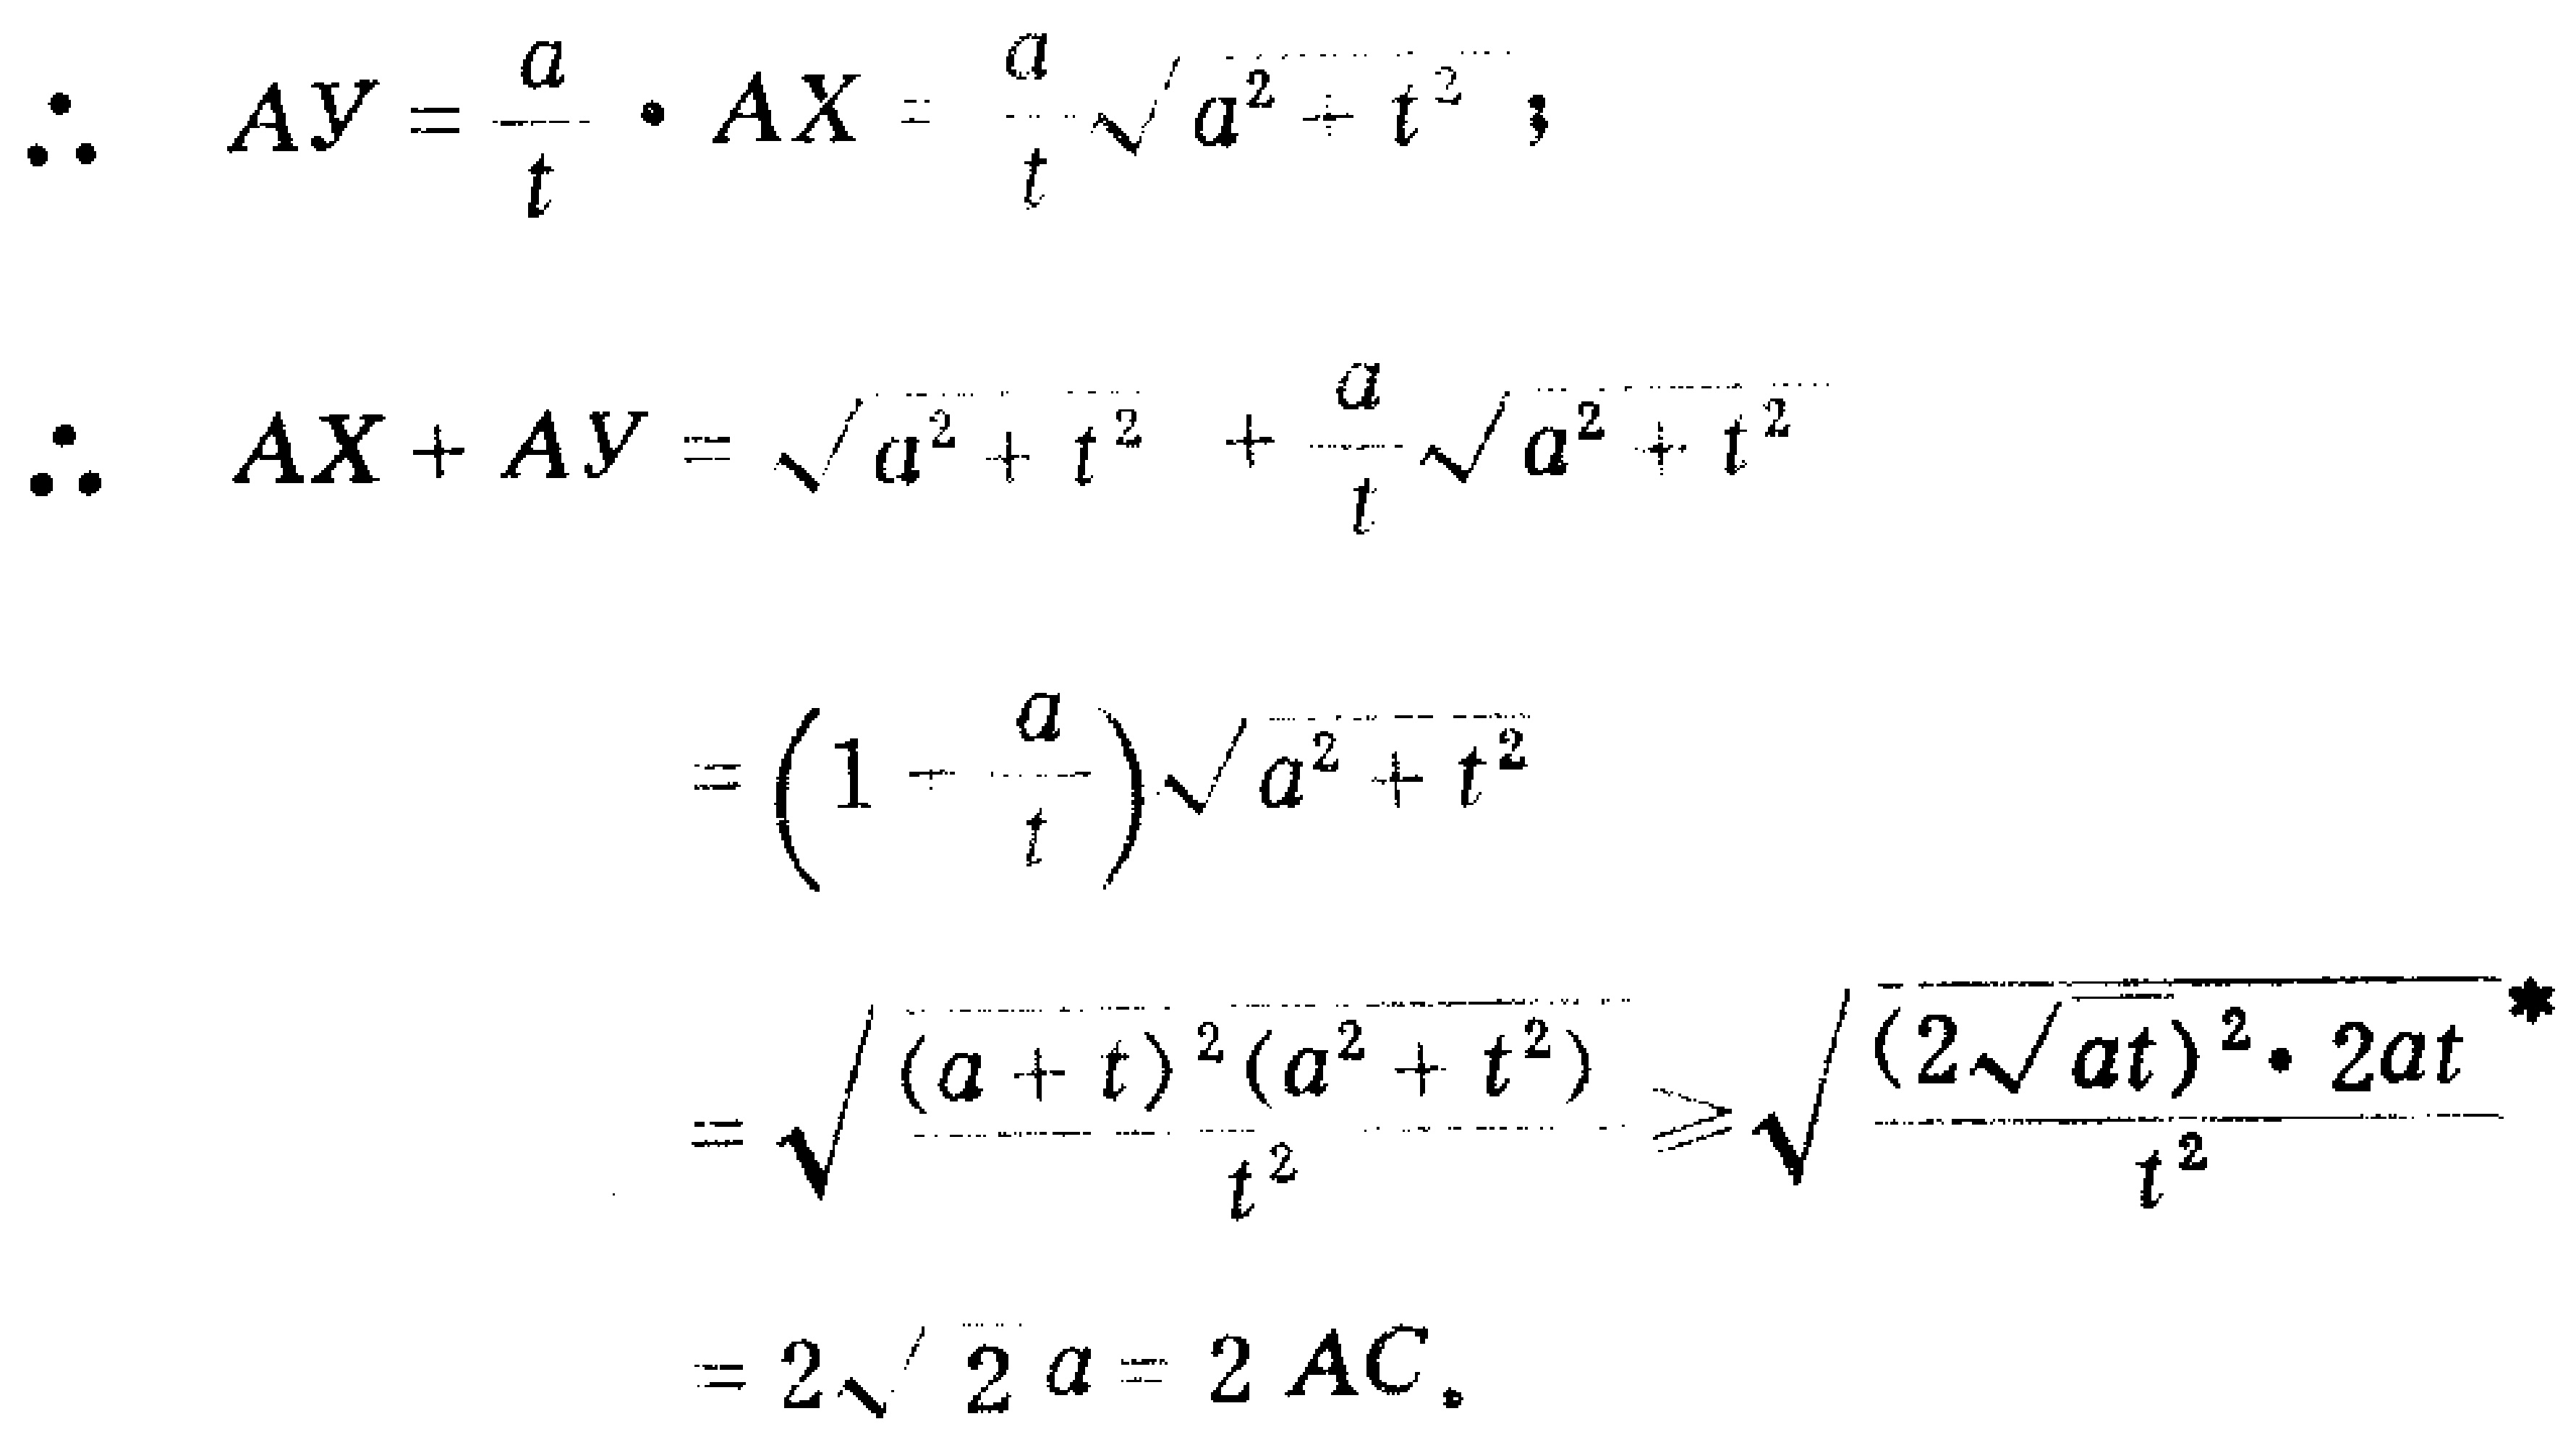
\[
\begin{align*}
\therefore\quad AY&=\frac{a}{t}\cdot AX=\frac{a}{t}\sqrt{a^{2}+t^{2}};\\
\therefore\quad AX + AY&=\sqrt{a^{2}+t^{2}}+\frac{a}{t}\sqrt{a^{2}+t^{2}}\\
&=(1 + \frac{a}{t})\sqrt{a^{2}+t^{2}}\\
&=\sqrt{\frac{(a + t)^{2}(a^{2}+t^{2})}{t^{2}}}\geqslant\sqrt{\frac{(2\sqrt{at})^{2}\cdot 2at}{t^{2}}}\\
&=2\sqrt{2}a = 2AC.
\end{align*}
\]